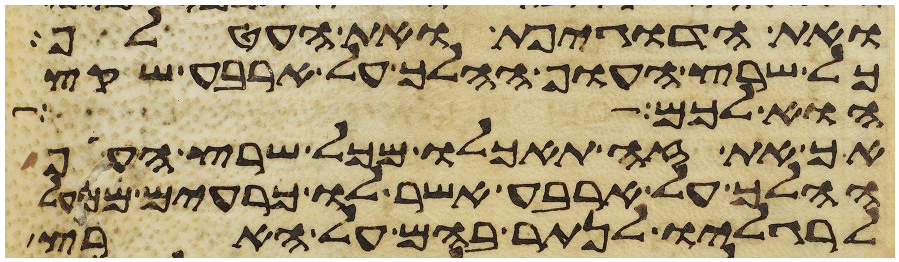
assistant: ואת הדגיפת ואת העטלף
כל שרץ העוף ההלך על ארבע שקץ
הוא לכם
אך את זה תאכלו מכל שרץ העוף
ההלך על ארבע אשר לו כרעים ממעל
לרגליו לנתר בהם על הארץ